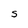
Character: S